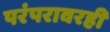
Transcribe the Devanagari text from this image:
परंपरावरही